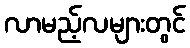
လာမည့်လများတွင်